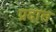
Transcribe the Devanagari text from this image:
प्रदात